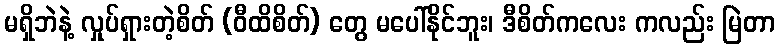
မရှိဘဲနဲ့ လှုပ်ရှားတဲ့စိတ် (ဝီထိစိတ်) တွေ မပေါ်နိုင်ဘူး၊ ဒီစိတ်ကလေး ကလည်း မြဲတာ